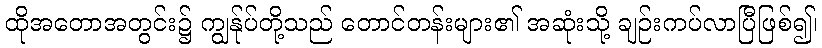
ထိုအတောအတွင်း၌ ကျွန်ုပ်တို့သည် တောင်တန်းများ၏ အဆုံးသို့ ချဉ်းကပ်လာပြီဖြစ်၍၊